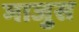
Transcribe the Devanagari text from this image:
माजुस